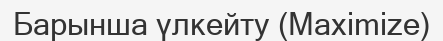
Барынша үлкейту (Maximize)